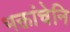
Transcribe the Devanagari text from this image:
भक्तांचेनि